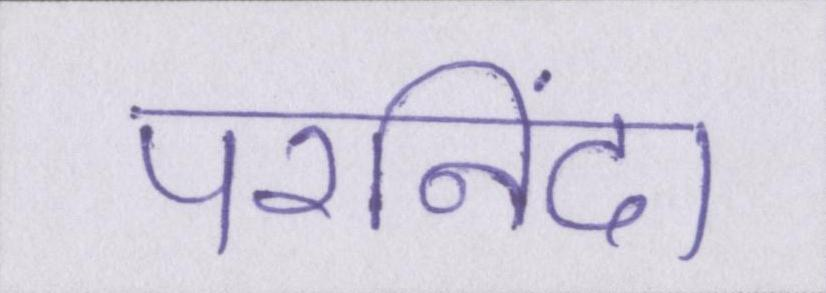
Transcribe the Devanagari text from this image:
परनिंदा